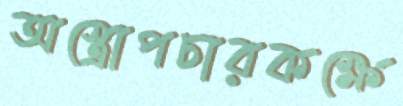
অস্ত্রোপচারকক্ষে